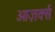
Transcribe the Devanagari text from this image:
ओज़र्क्स